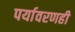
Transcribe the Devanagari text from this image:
पर्यावरणही